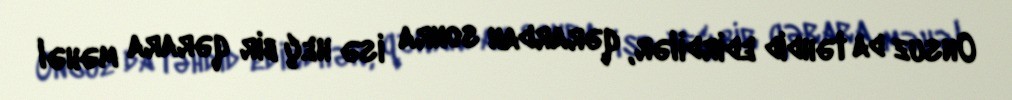
Onsuz da təhdid edirdilər, qərardan sonra isə heç bir qərara məhəl